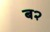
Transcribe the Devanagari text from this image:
ब२